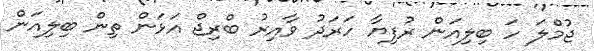
ޖުމްލަ ހަ ބިލިއަން ރުފިޔާ ހަރަދު ވާއިރު ބްރިޖް އަޅަން ތިން ބިލިއަން